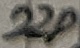
Text: 22p